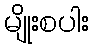
မျိုးစပါး